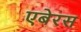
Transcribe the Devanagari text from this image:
एबेरस